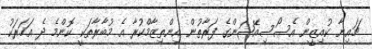
ޗައިނާ ކުއިޒީން އެސޯސިއޭޝަންގެ ފަރާތުން އިންތިޒާމްކުރާ އެ މުބާރާތަކީ ކޮންމެ ދެ އަހަރަކު